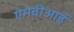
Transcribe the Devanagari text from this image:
एमवीआई